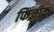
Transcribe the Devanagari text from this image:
फिज़ीक